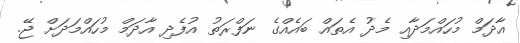
އާދަމް މުހައްމަދާއި މެދު އެތައް ބައެއްގެ ނަފްރަތު އުފެދި އާދަމް މުހައްމަދަށް ޖޭ.